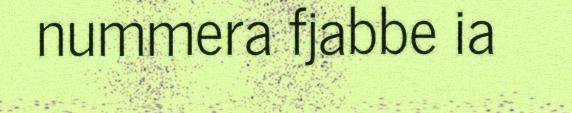
nummera fjabbe ia